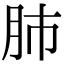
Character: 肺